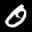
Label: 0